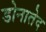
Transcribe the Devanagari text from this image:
डोनातेद